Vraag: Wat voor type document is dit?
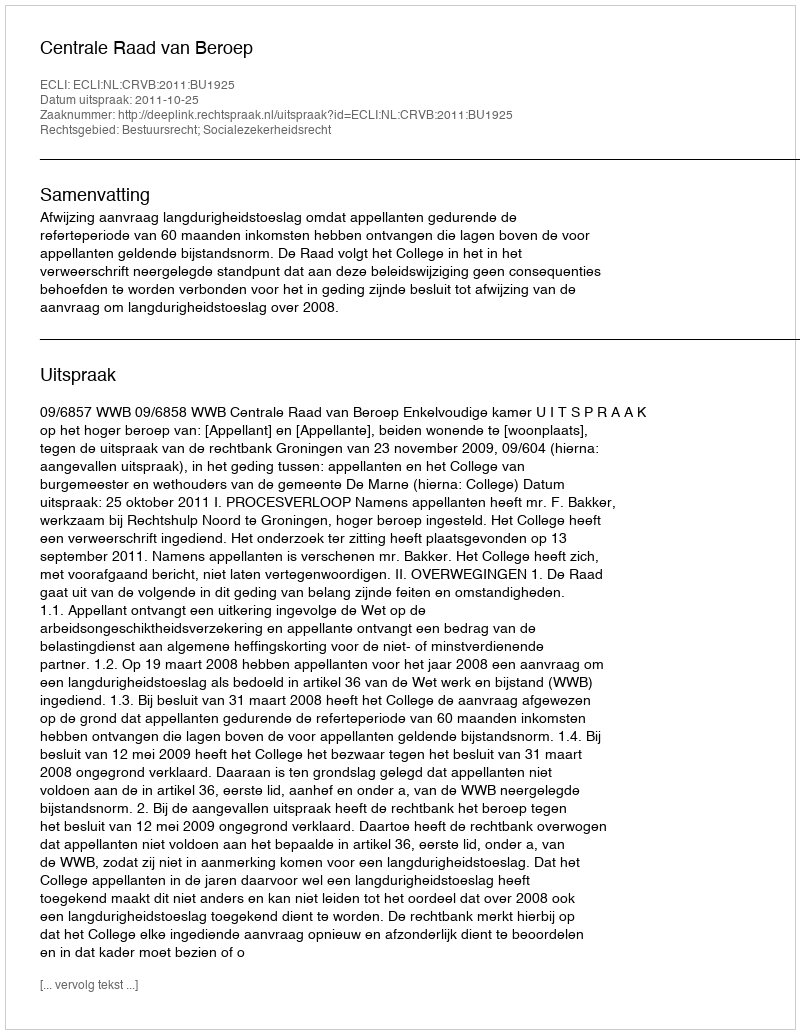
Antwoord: Uitspraak